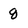
Character: g